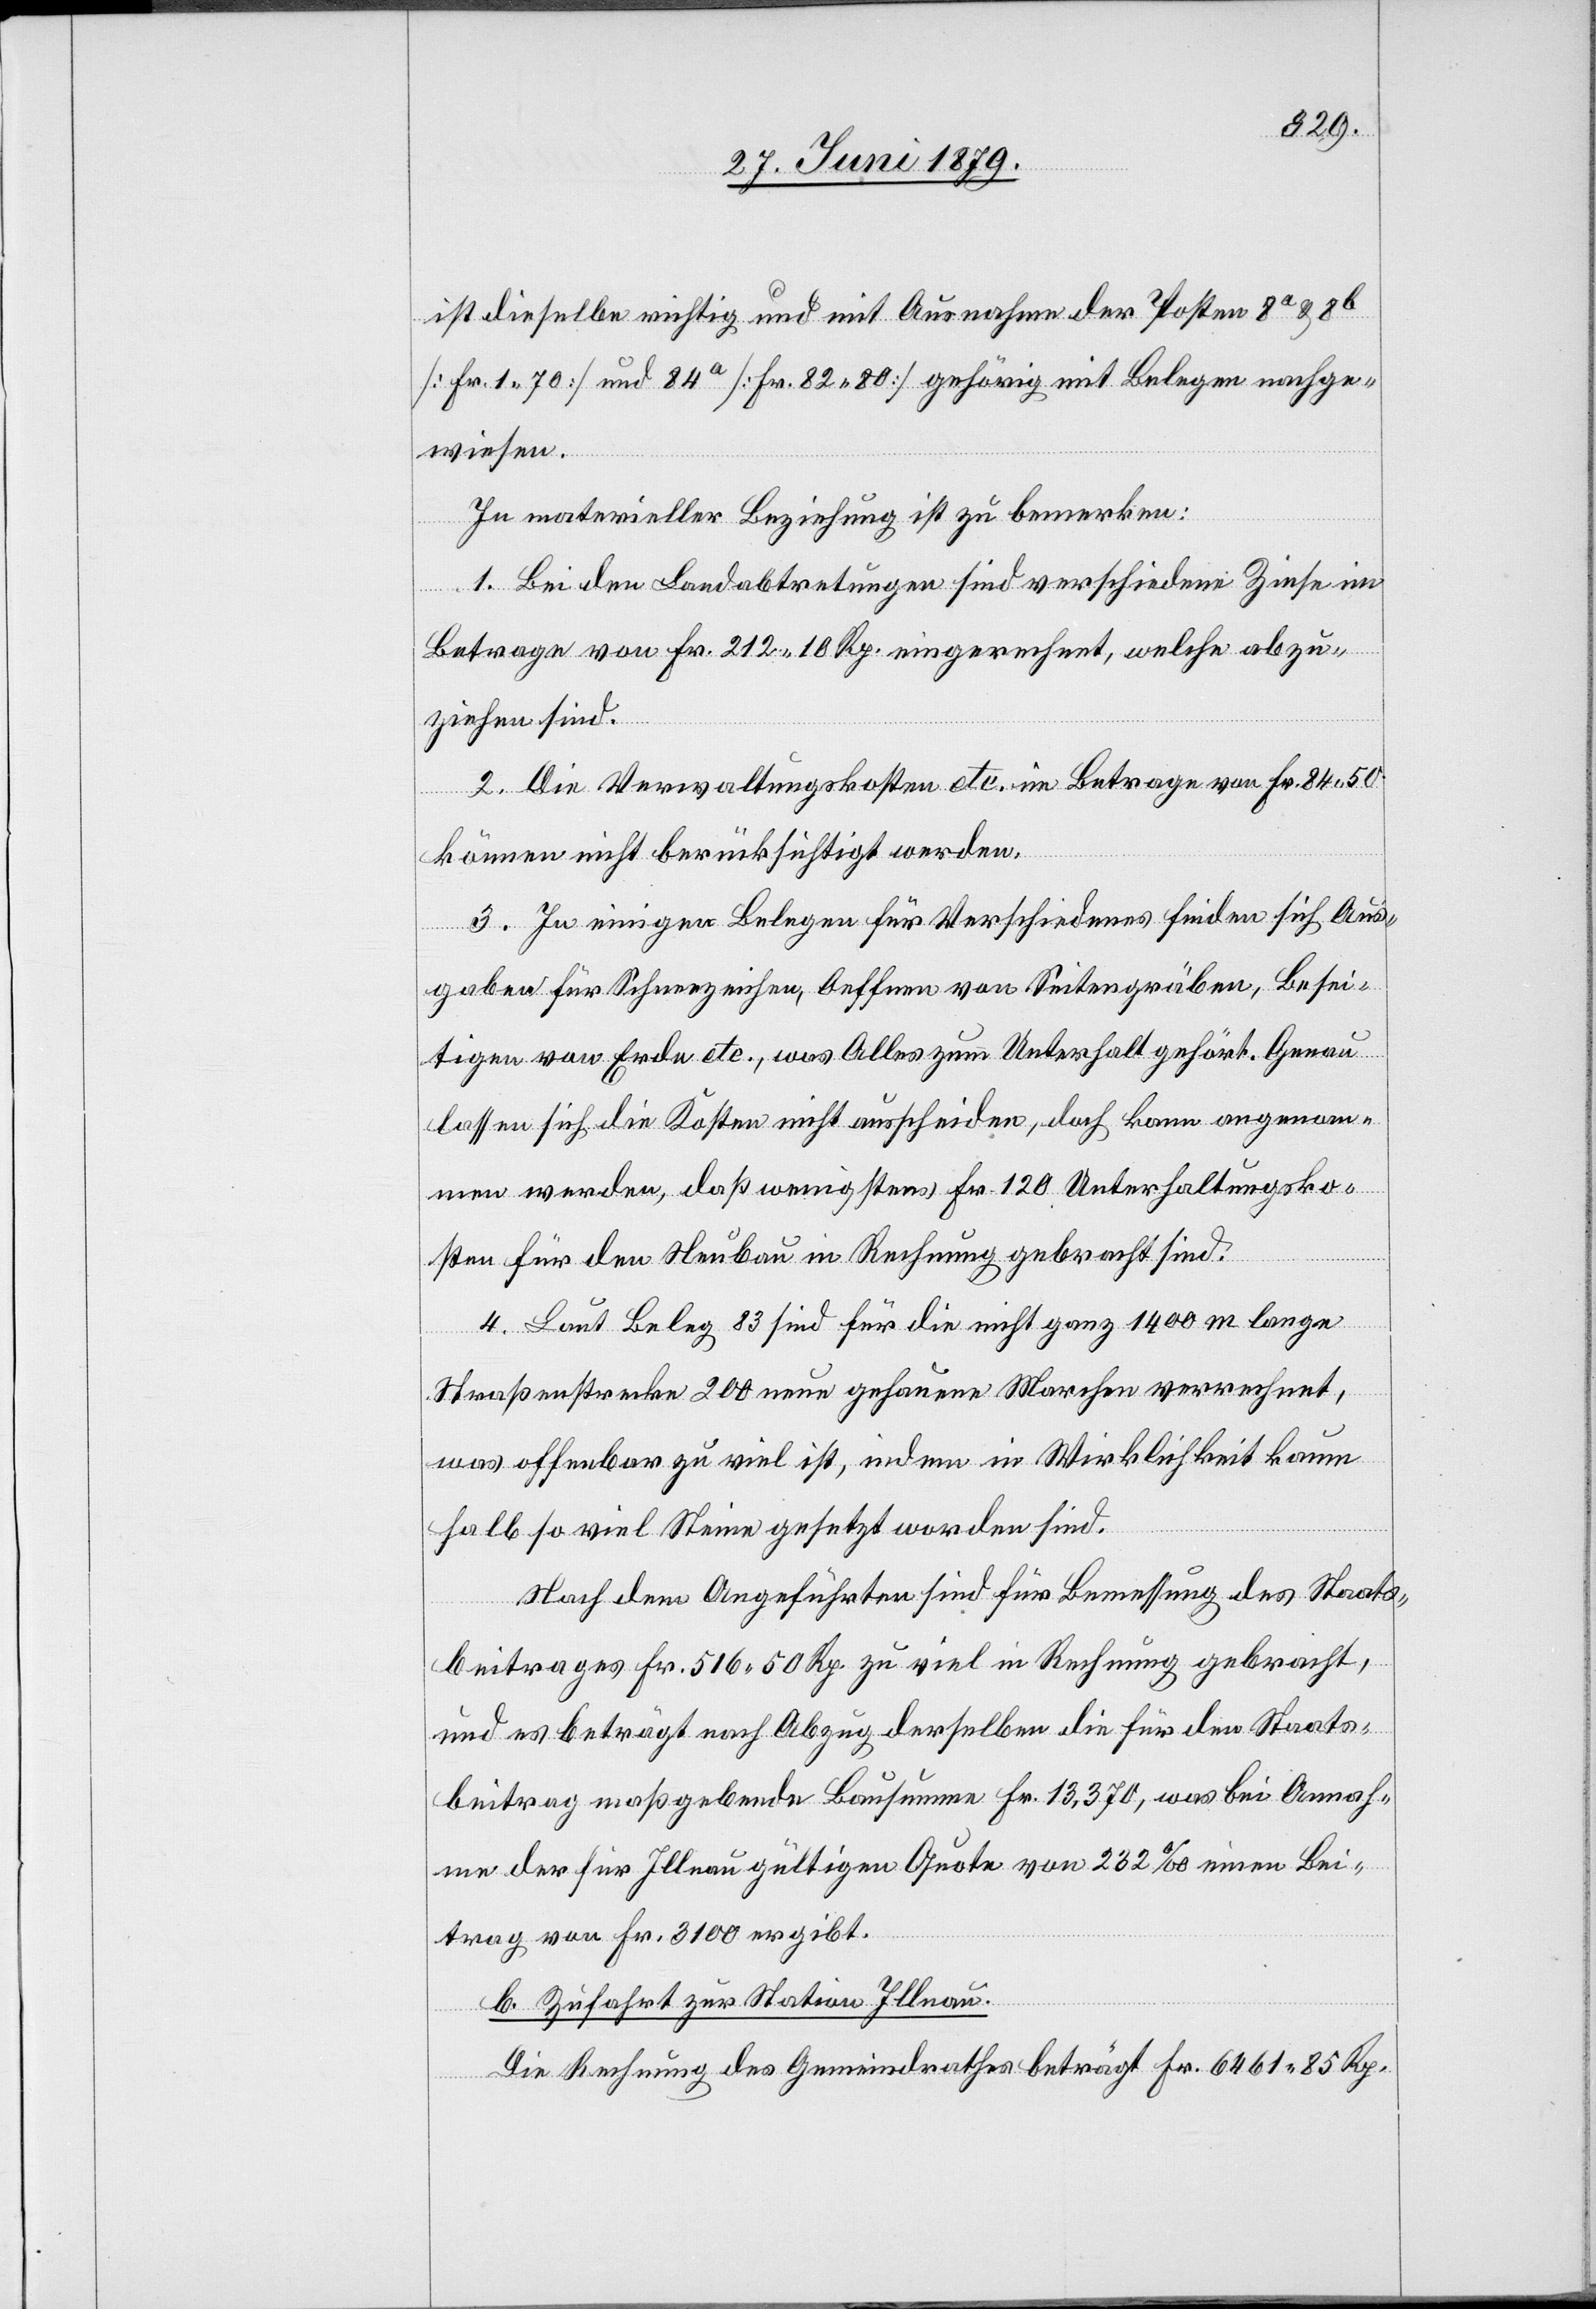
ist dieselbe richtig und mit Ausnahme der Posten 8a & 8b
[Fr. 1 70] und 84a [Fr. 82 80] gehörig mit Belegen nachge¬
wiesen.
In materieller Beziehung ist zu bemerken:
1. Bei den Landabtretungen sind verschiedene Zinse im
Betrage von Fr. 212 10 Rp. eingerechnet, welche abzu¬
ziehen sind.
2. Die Verwaltungskosten etc. im Betrage von Fr. 84 50
können nicht berücksichtigt werden.
3. In einigen Belegen für Verschiedenes finden sich Aus¬
gaben für Schneezeichen, Oeffnen von Seitengräben, Besei¬
tigen von Erde etc., was Alles zum Unterhalt gehört. Genau
lassen sich die Kosten nicht ausscheiden, doch kann angenom¬
men werden, daß wenigstens Fr. 120 Unterhaltungsko¬
sten für den Neubau in Rechnung gebracht sind.
4. Laut Beleg 83 sind für die nicht ganz 1400 m lange
Straßenstrecke 200 neue gehauene Marchen verrechnet,
was offenbar zu viel ist, indem in Wirklichkeit kaum
halb so viel Steine gesetzt worden sind.
Nach dem Angeführten sind für Bemessung des Staats¬
beitrages Fr. 516 50 Rp. zu viel in Rechnung gebracht,
und es beträgt nach Abzug derselben die für den Staats¬
beitrag maßgebende Bausumme Fr. 13,370, was bei Annah¬
me der für Illnau gültigen Quote von 232‰ einen Bei¬
trag von Fr. 3100 ergibt.
b. Zufahrt zur Station Illnau.
Die Rechnung des Gemeindrathes beträgt Fr. 6461 85 Rp.